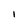
Character: i